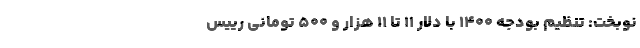
نوبخت: تنظیم بودجه ۱۴۰۰ با دلارِ ۱۱ تا ۱۱ هزار و ۵۰۰ تومانی رییس